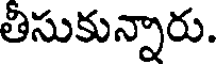
తీసుకున్నారు.